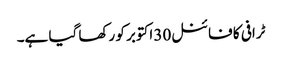
ٹرافی کا فائنل30 اکتوبر کو رکھا گیا ہے۔